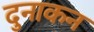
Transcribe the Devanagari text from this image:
दुनाकन